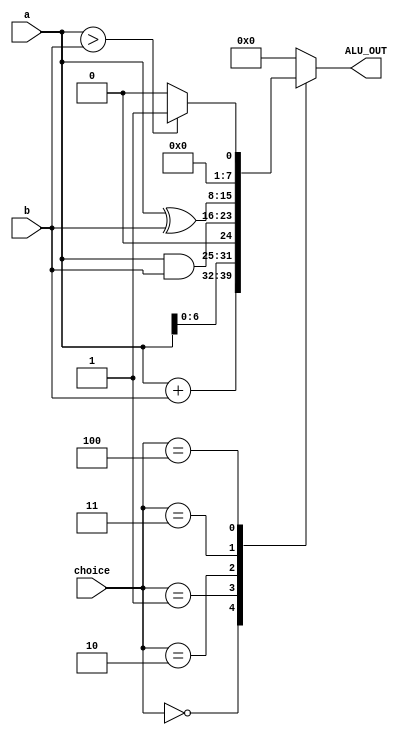
module alu (a, b, ALU_OUT, choice);
input [2:0]choice;
input [7:0] a, b;
output reg [7:0] ALU_OUT;
parameter add=3'b000, ls=3'b001, and_8_bit=3'b010, exor=3'b011, comp=3'b100;
always@ (choice)
begin
case (choice)
add: ALU_OUT = a+b; //Addition
ls: ALU_OUT = a<<1; //Left shift
and_8_bit: ALU_OUT = a & b; //AND operation
exor: ALU_OUT = a ^ b; // EXOR operation
comp: //Comparator
begin
if (a>b)
ALU_OUT = 1'b1;
else
ALU_OUT=1'b0;
end
default: ALU_OUT = 0;
endcase
end
endmodule